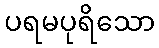
ပရမပုရိသော